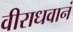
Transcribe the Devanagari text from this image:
वीराधवानं